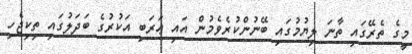
މީގެ ތެރޭގައި ތާނަ ލިޔުމުގައި ބޭނުންކުރެވެމުން އައި ޢަރަބި އަކުރުގެ ބަދަލުގައި ތިކިިޖެހި